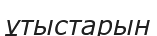
ұтыстарын